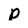
Character: p